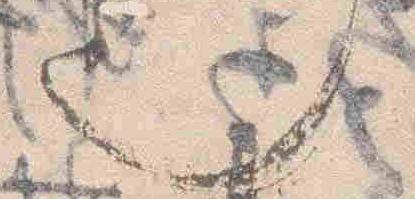
也